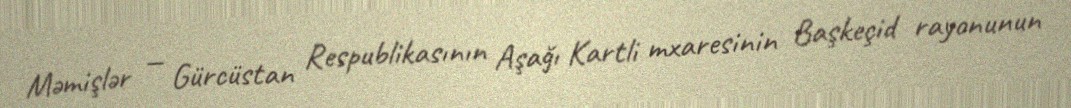
Məmişlər — Gürcüstan Respublikasının Aşağı Kartli mxaresinin Başkeçid rayonunun